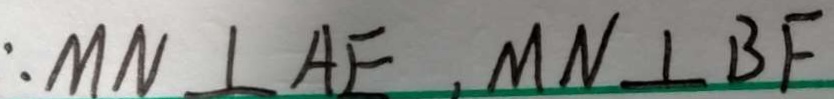
M N \bot A E , M N \bot B F